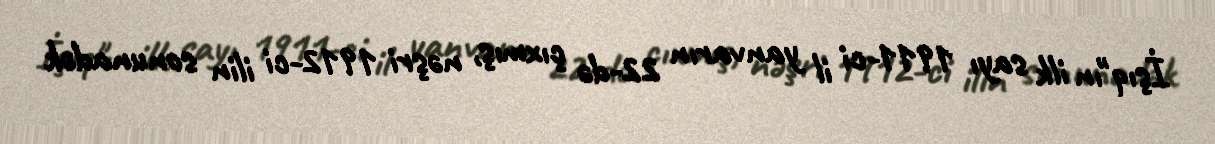
İşıq"ın ilk sayı 1911-ci il yanvarın 22-də çıxmış, nəşri 1912-ci ilin sonunadək